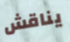
يناقش